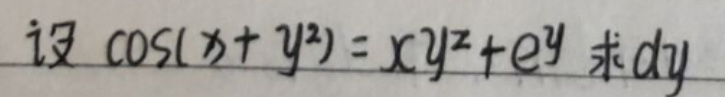
设\(\cos(x + y^{2})=xy^{z}+e^{y}\)，求\(dy\)。